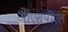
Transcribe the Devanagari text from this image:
जीएसपीएल